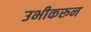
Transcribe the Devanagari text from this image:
उभीकरून